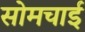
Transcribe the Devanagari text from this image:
सोमचाई